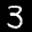
Label: 3